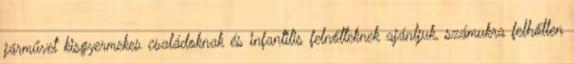
járművet kisgyermekes családoknak és infantilis felnőtteknek ajánljuk, számukra felhőtlen